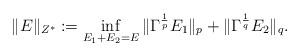
LaTeX: \begin{align*} \|E\|_{Z^*} := \inf_{E_1+E_2=E} \|\Gamma^{\frac{1}{p}}E_1\|_p+\|\Gamma^{\frac{1}{q}}E_2\|_q. \end{align*}